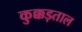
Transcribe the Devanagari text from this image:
कुक्कड़ताल